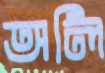
অলি